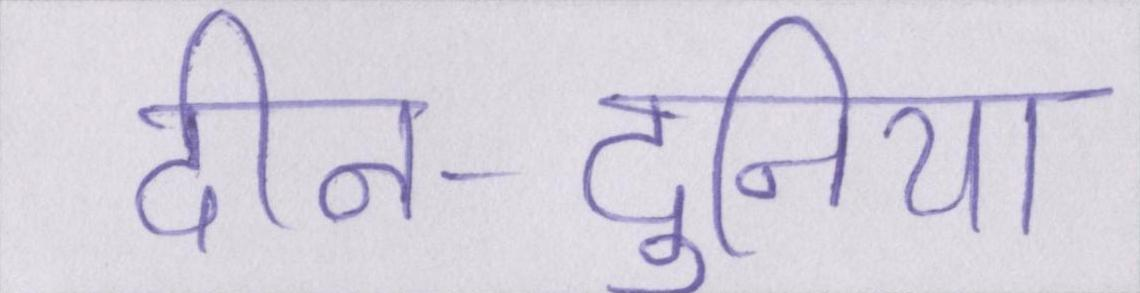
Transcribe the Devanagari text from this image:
दीन-दुनिया